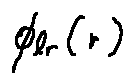
\phi _ { l r } ( r )